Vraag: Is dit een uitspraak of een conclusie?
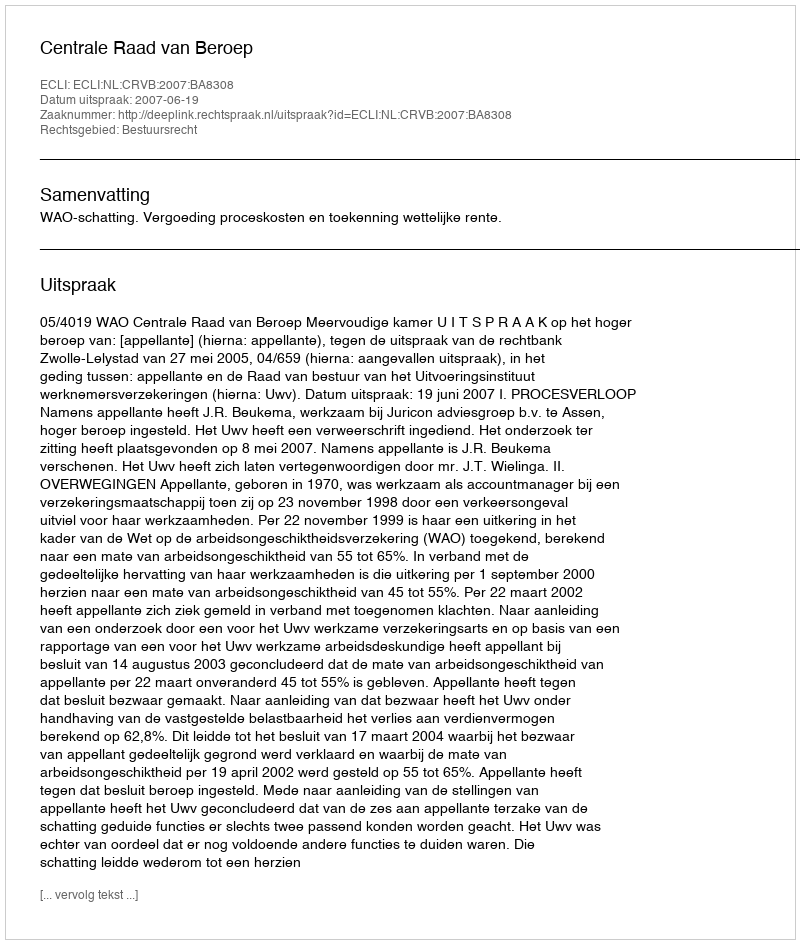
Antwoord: Uitspraak